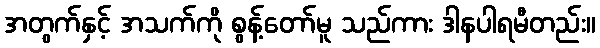
အတွက်နှင့် အသက်ကို စွန့်တော်မူ သည်ကား ဒါနပါရမီတည်း။